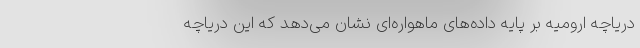
دریاچه ارومیه بر پایه داده‌های ماهواره‌ای نشان می‌دهد که این دریاچه